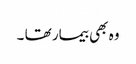
وہ بھی بیمار تھا ۔